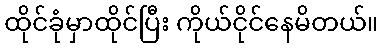
ထိုင်ခုံမှာထိုင်ပြီး ကိုယ်ငိုင်နေမိတယ်။